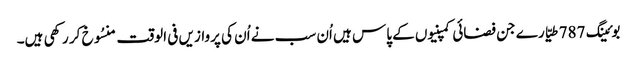
بوئینگ 787 طیّارے جن فضائی کمپنیوں کے پاس ہیں اُن سب نے اُن کی پروازیں فی الوقت منسُوخ کر رکھی ہیں۔